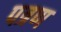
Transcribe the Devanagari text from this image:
पत्रण